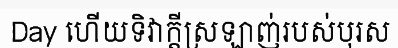
Day ហើយទិវាក្តីស្រឡាញ់របស់បុរស